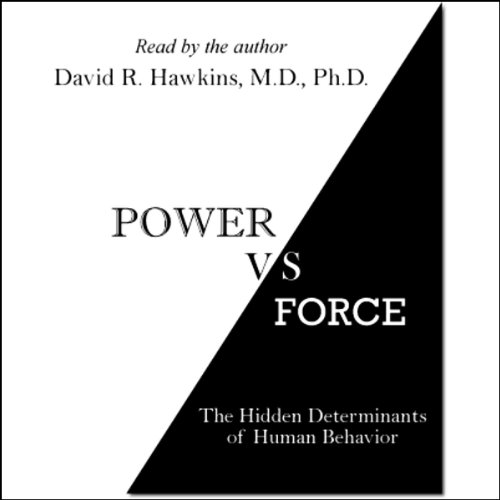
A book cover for Power vs. Force: The Hidden Determinants of Human Behavior; Dr. David R. Hawkins; Medical Books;